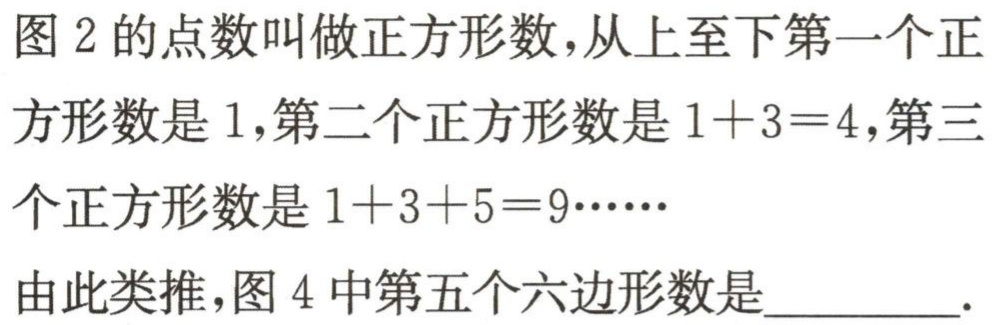
图2的点数叫做正方形数,从上至下第一个正方形数是1,第二个正方形数是\(1 + 3 = 4\),第三个正方形数是\(1 + 3 + 5 = 9\cdots\cdots\)
由此类推,图4中第五个六边形数是_________.